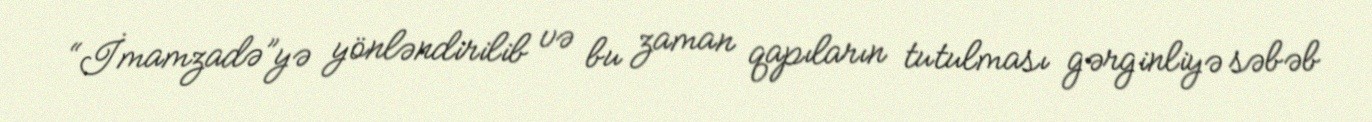
“İmamzadə”yə yönləndirilib və bu zaman qapıların tutulması gərginliyə səbəb